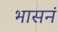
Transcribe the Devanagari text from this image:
भासनं